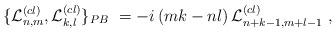
LaTeX: \begin{align*}\{ {{\cal{L}}^{(cl)}_{n,m}},{{\cal{L}}^{(cl)}_{k,l}}\}_{PB}\ = -i \left( mk-nl \right ){{\cal{L}}^{(cl)}_{n+k-1,m+l-1}}\ ,\end{align*}